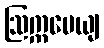
ဩက္ကမေယျ